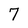
Character: 7